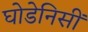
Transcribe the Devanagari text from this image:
घोडेनिसीं